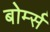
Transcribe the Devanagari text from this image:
बोर्म्स